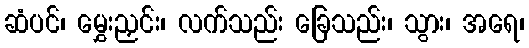
ဆံပင်၊ မွှေးညှင်း၊ လက်သည်း ခြေသည်း၊ သွား၊ အရေ၊